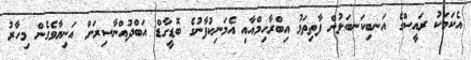
އެކަމަކު ރައީސްގެ އަނބިކަނބަލުން ފާތިތަމު އިބްރާހިމްއާއި އެމަނިކުފާނުގެ ބޮޑީގާޑް އަބްދުއްނާސިރަށް އަނިޔާވެގެން މިހާރު